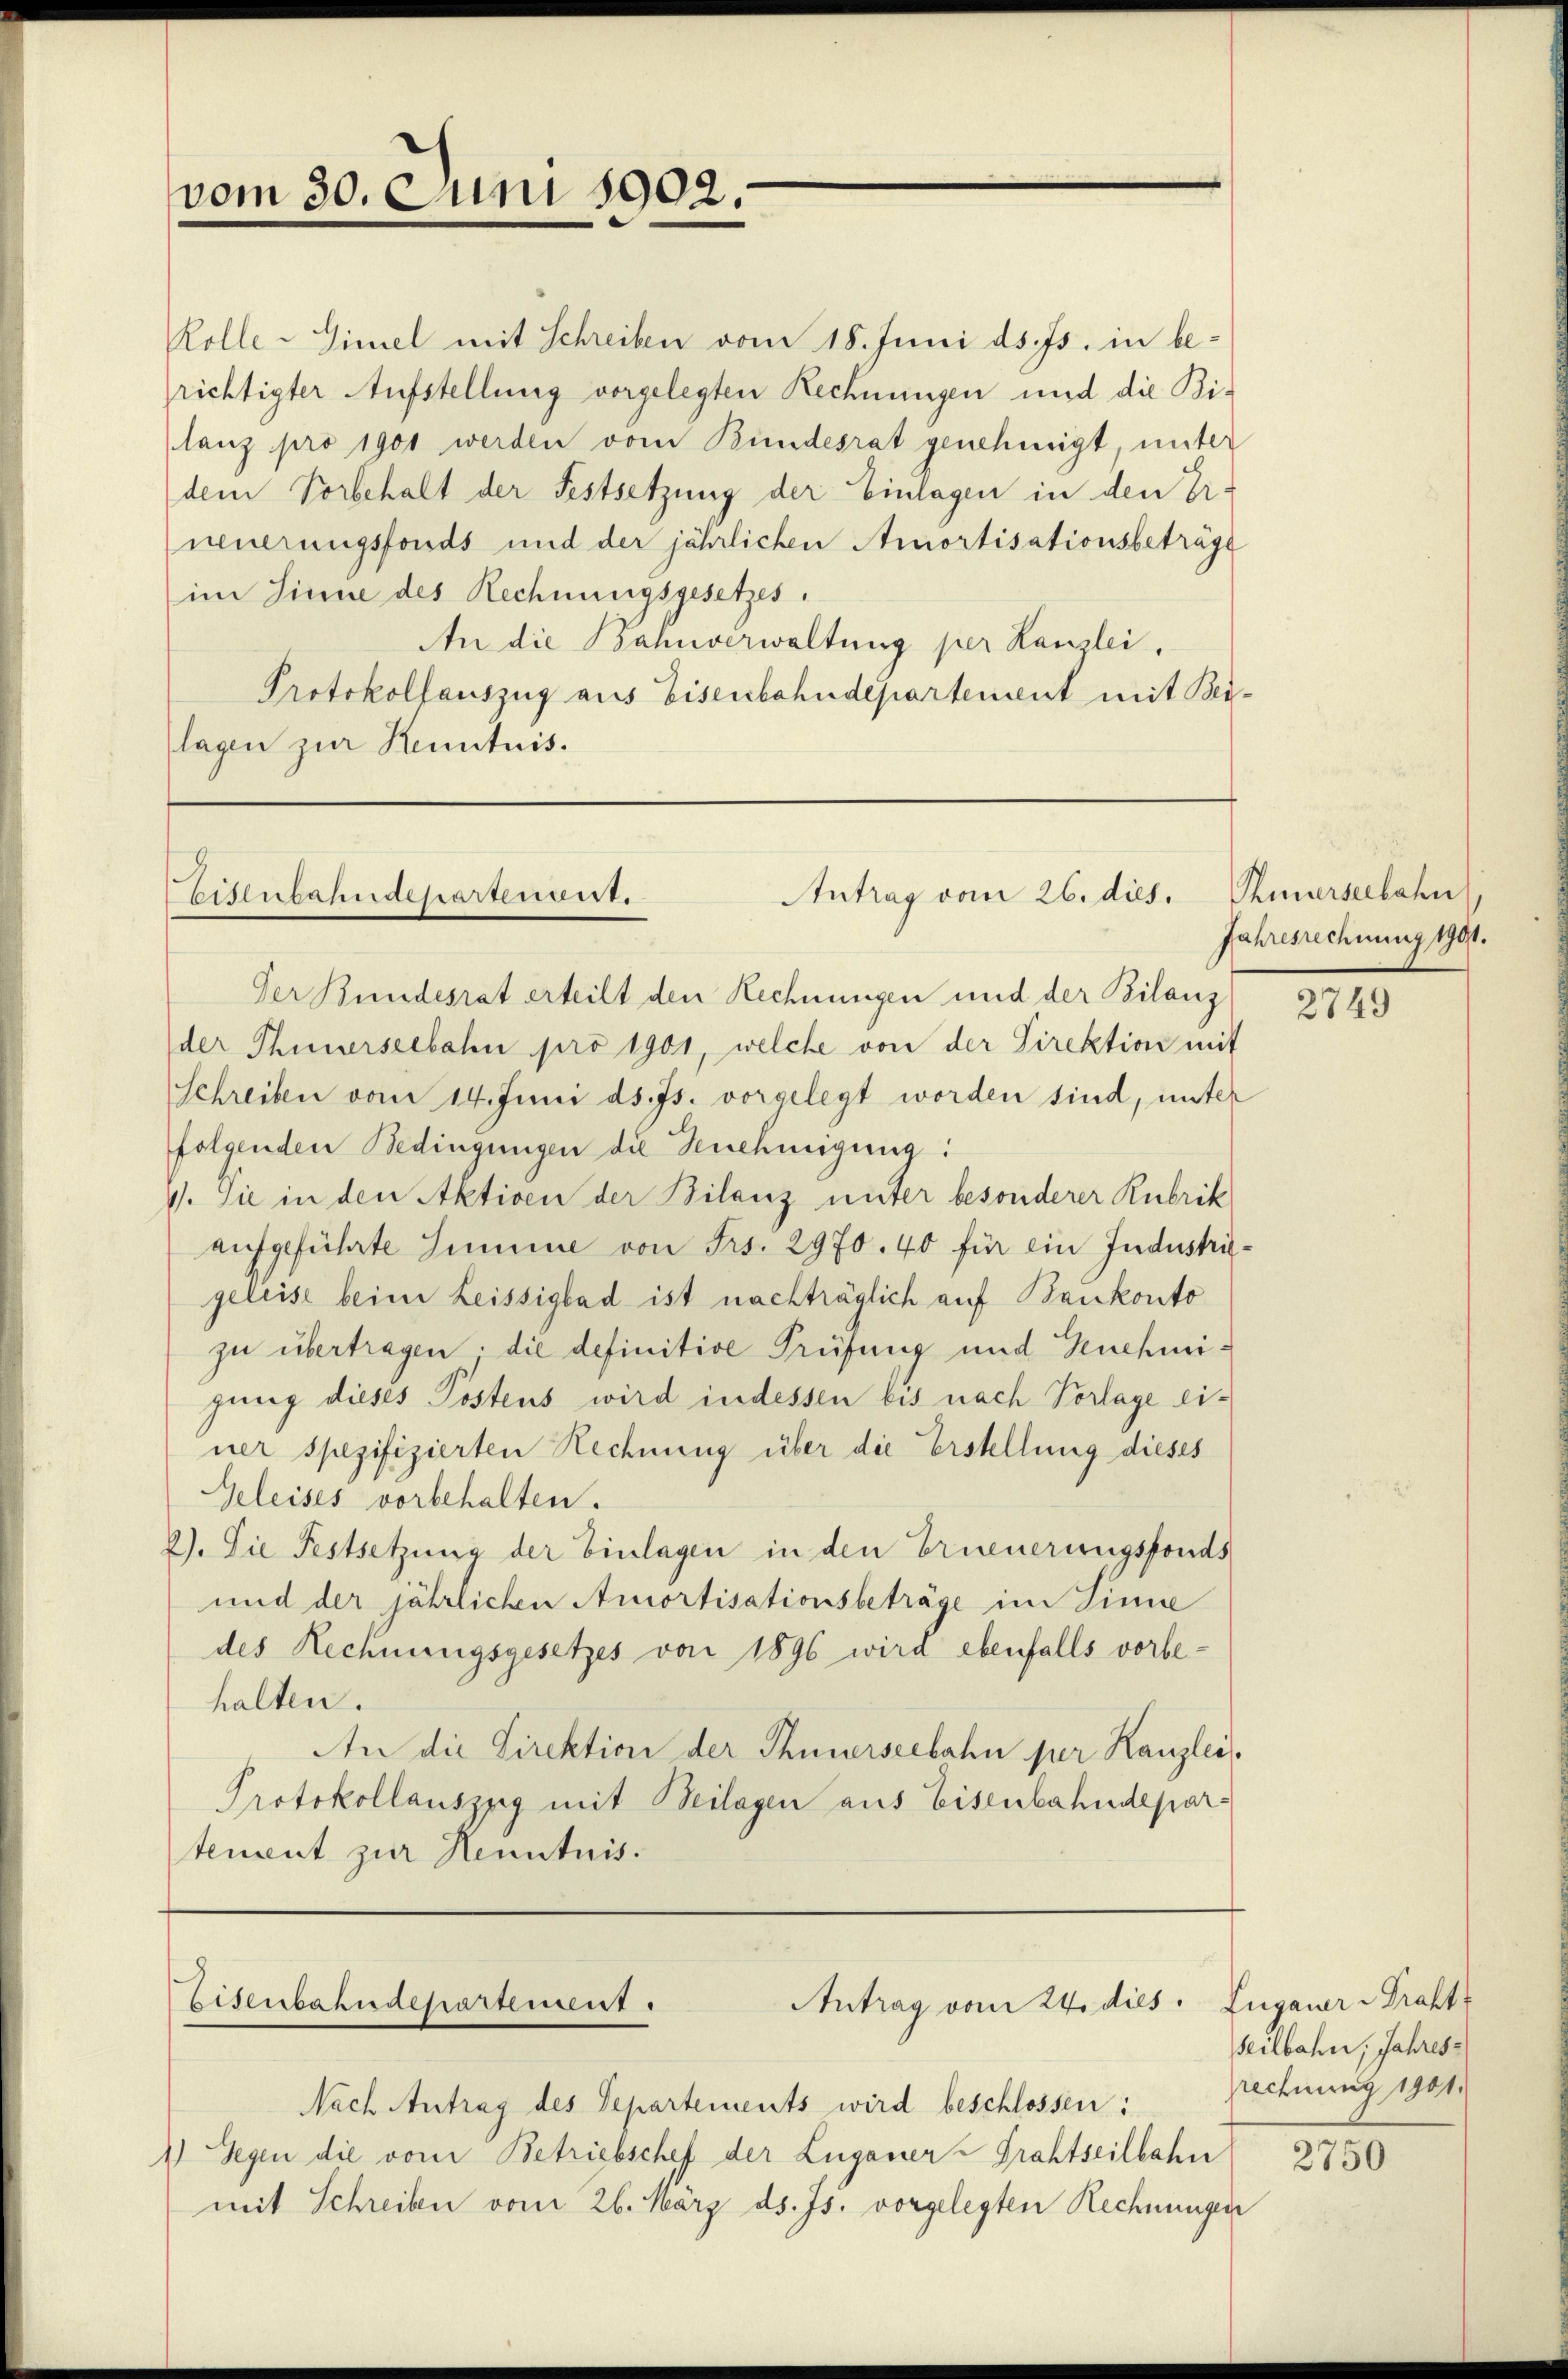
vom 30. Juni 1902.

Antrag vom 26. dies.
Eisenbahndepartenant.

Antrag vom 24. dies. Zuganer Prakt
Eisenbahndepartement.

Rolle-Gimel mit Schreiben vom 18. Juni d. Js. in berichtigter Aufstellung vorgelegten Rechnungen und die Bi-
lanz pro 1901 werden vom Bundesrat genehmigt, unter
dem Vorbehalt der Festsetzung der Einlagen in den Er-
neuerungsfonds und der jährlichen Amortisationsbeträge
im Sinne des Rechnungsgesetzes.
An die Bahnverwaltung per Kanzlei,
Protokollauszug aus Eisenbahndepartement mit Beilagen zur Kenntnis.

Der Bundesrat erteilt den Rechnungen und der Bilanz
der Thunerseebahn pro 1901, welche von der Direktion mit
Schreiben vom 14. Juni d. Js. vorgelegt worden sind, unter
folgenden Bedingungen die Genehmigung:
1). Sie in den Aktiven der Bilanz unter besonderer Rubrik
aufgeführte Summe von Frs. 2970. 40 für ein Industrigeleise beim Leissigbad ist nachträglich auf Bankonto
zu übertragen; die definitive Prüfung und Genehmigung dieses Postens wird indessen bis nach Vorlage einer spezifizierten Rechnung über die Erstellung dieses
Geleises vorbehalten.
2). Die Festsetzung der Einlagen in den Erneuerungsfonds
und der jährlichen Amortisationsbeträge im Sinne
des Rechnungsgesetzes von 1896 wird ebenfalls vorbehalten.
An die Direktion der Thunerseebahn per Kanzlei
Protokollauszug mit Beilagen aus Eisenbahndepar-
tement zur Kenntnis.

Nach Antrag des Departements wird beschlossen:
1) Gegen die vom Betriebschef der Luganer-Grahtseilbahn
mit Schreiben vom 26. März ds. Js. vorgelegten Rechnungen

Pnerseebahn
Jahresrechnung 1901.

2749

seilbahn, Jahresrechnung 1901.

2750